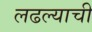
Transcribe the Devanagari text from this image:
लढल्याची